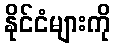
နိုင်ငံများကို